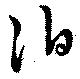
泊